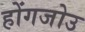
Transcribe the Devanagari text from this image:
होंगजोउ